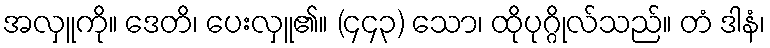
အလှူကို။ ဒေတိ၊ ပေးလှူ၏။ (၄၄၃) သော၊ ထိုပုဂ္ဂိုလ်သည်။ တံ ဒါနံ၊